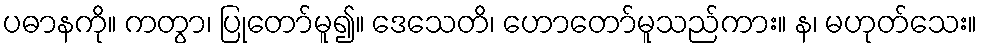
ပဓာနကို။ ကတွာ၊ ပြုတော်မူ၍။ ဒေသေတိ၊ ဟောတော်မူသည်ကား။ န၊ မဟုတ်သေး။